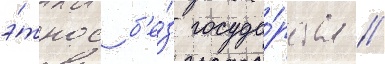
э́тнос б'е́з госуда́рства /